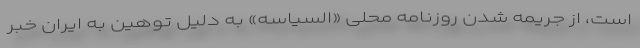
است، از جریمه شدن روزنامه محلی «السیاسه» به دلیل توهین به ایران خبر